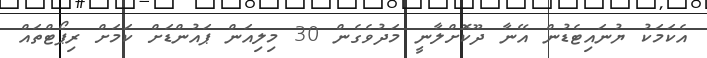
އެކަމަކު ޔުނައިޓެޑުން އޭނާ ދޫކޮށްލާނީ މަދުވެގެން 30 މިލިއަން ޕައުންޑަށް ކަމަށް ރިޕޯޓްތައް